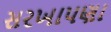
સરખાપણા